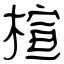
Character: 楦